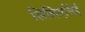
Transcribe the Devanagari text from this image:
लिलिएसिई